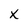
Character: X